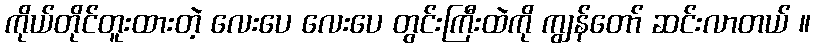
ကိုယ်တိုင်တူးထားတဲ့ လေးပေ လေးပေ တွင်းကြီးထဲကို ကျွန်တော် ဆင်းလာတယ် ။